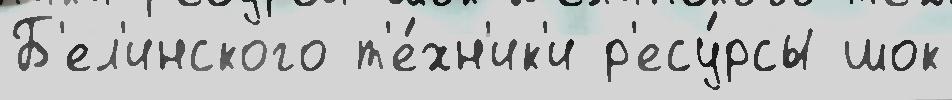
Б'ел'инского т'е́хн'ик'и р'есу́рсы шок